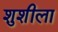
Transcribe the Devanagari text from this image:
शुशीला